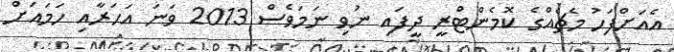
އެއަށްފަހު މެޗެއްގެ ކޮމެންޓްރީ ދީފައި ނުވި ނަމަވެސް 2013 ވަނަ އަހަރާއި ހަމައަށް